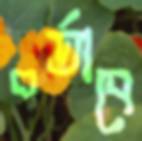
বর্তাবে